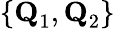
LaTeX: \{ \textbf{Q}_{1},\textbf{Q}_{2}\}